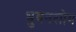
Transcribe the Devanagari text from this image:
भुवनशोम